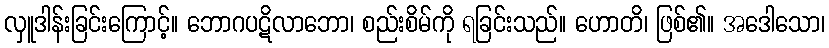
လှူဒါန်းခြင်းကြောင့်။ ဘောဂပဋိလာဘော၊ စည်းစိမ်ကို ရခြင်းသည်။ ဟောတိ၊ ဖြစ်၏။ အဒေါသော၊